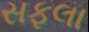
સફલા